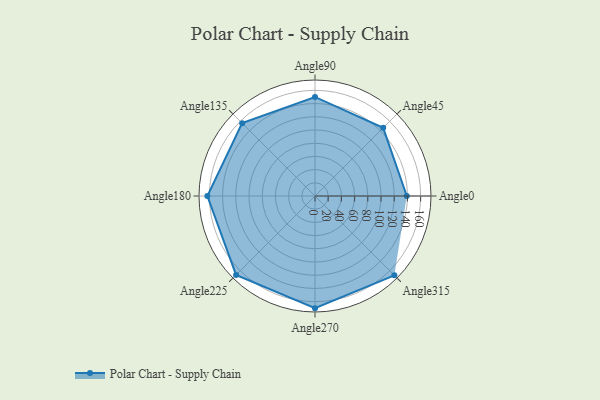
{"axis": {"x": "Angle", "y": "Radius"}, "legend": [""], "data": [{"x": "Angle0", "y": 139.0, "type": ""}, {"x": "Angle45", "y": 146.0, "type": ""}, {"x": "Angle90", "y": 150.0, "type": ""}, {"x": "Angle135", "y": 156.0, "type": ""}, {"x": "Angle180", "y": 163.0, "type": ""}, {"x": "Angle225", "y": 169.0, "type": ""}, {"x": "Angle270", "y": 170, "type": ""}, {"x": "Angle315", "y": 170, "type": ""}]}